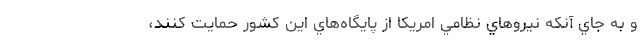
و به جاي آنكه نيروهاي نظامي امريكا از پايگاه‌هاي اين كشور حمايت كنند،